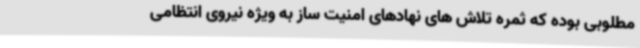
مطلوبی بوده که ثمره تلاش های نهادهای امنیت ساز به ویژه نیروی انتظامی